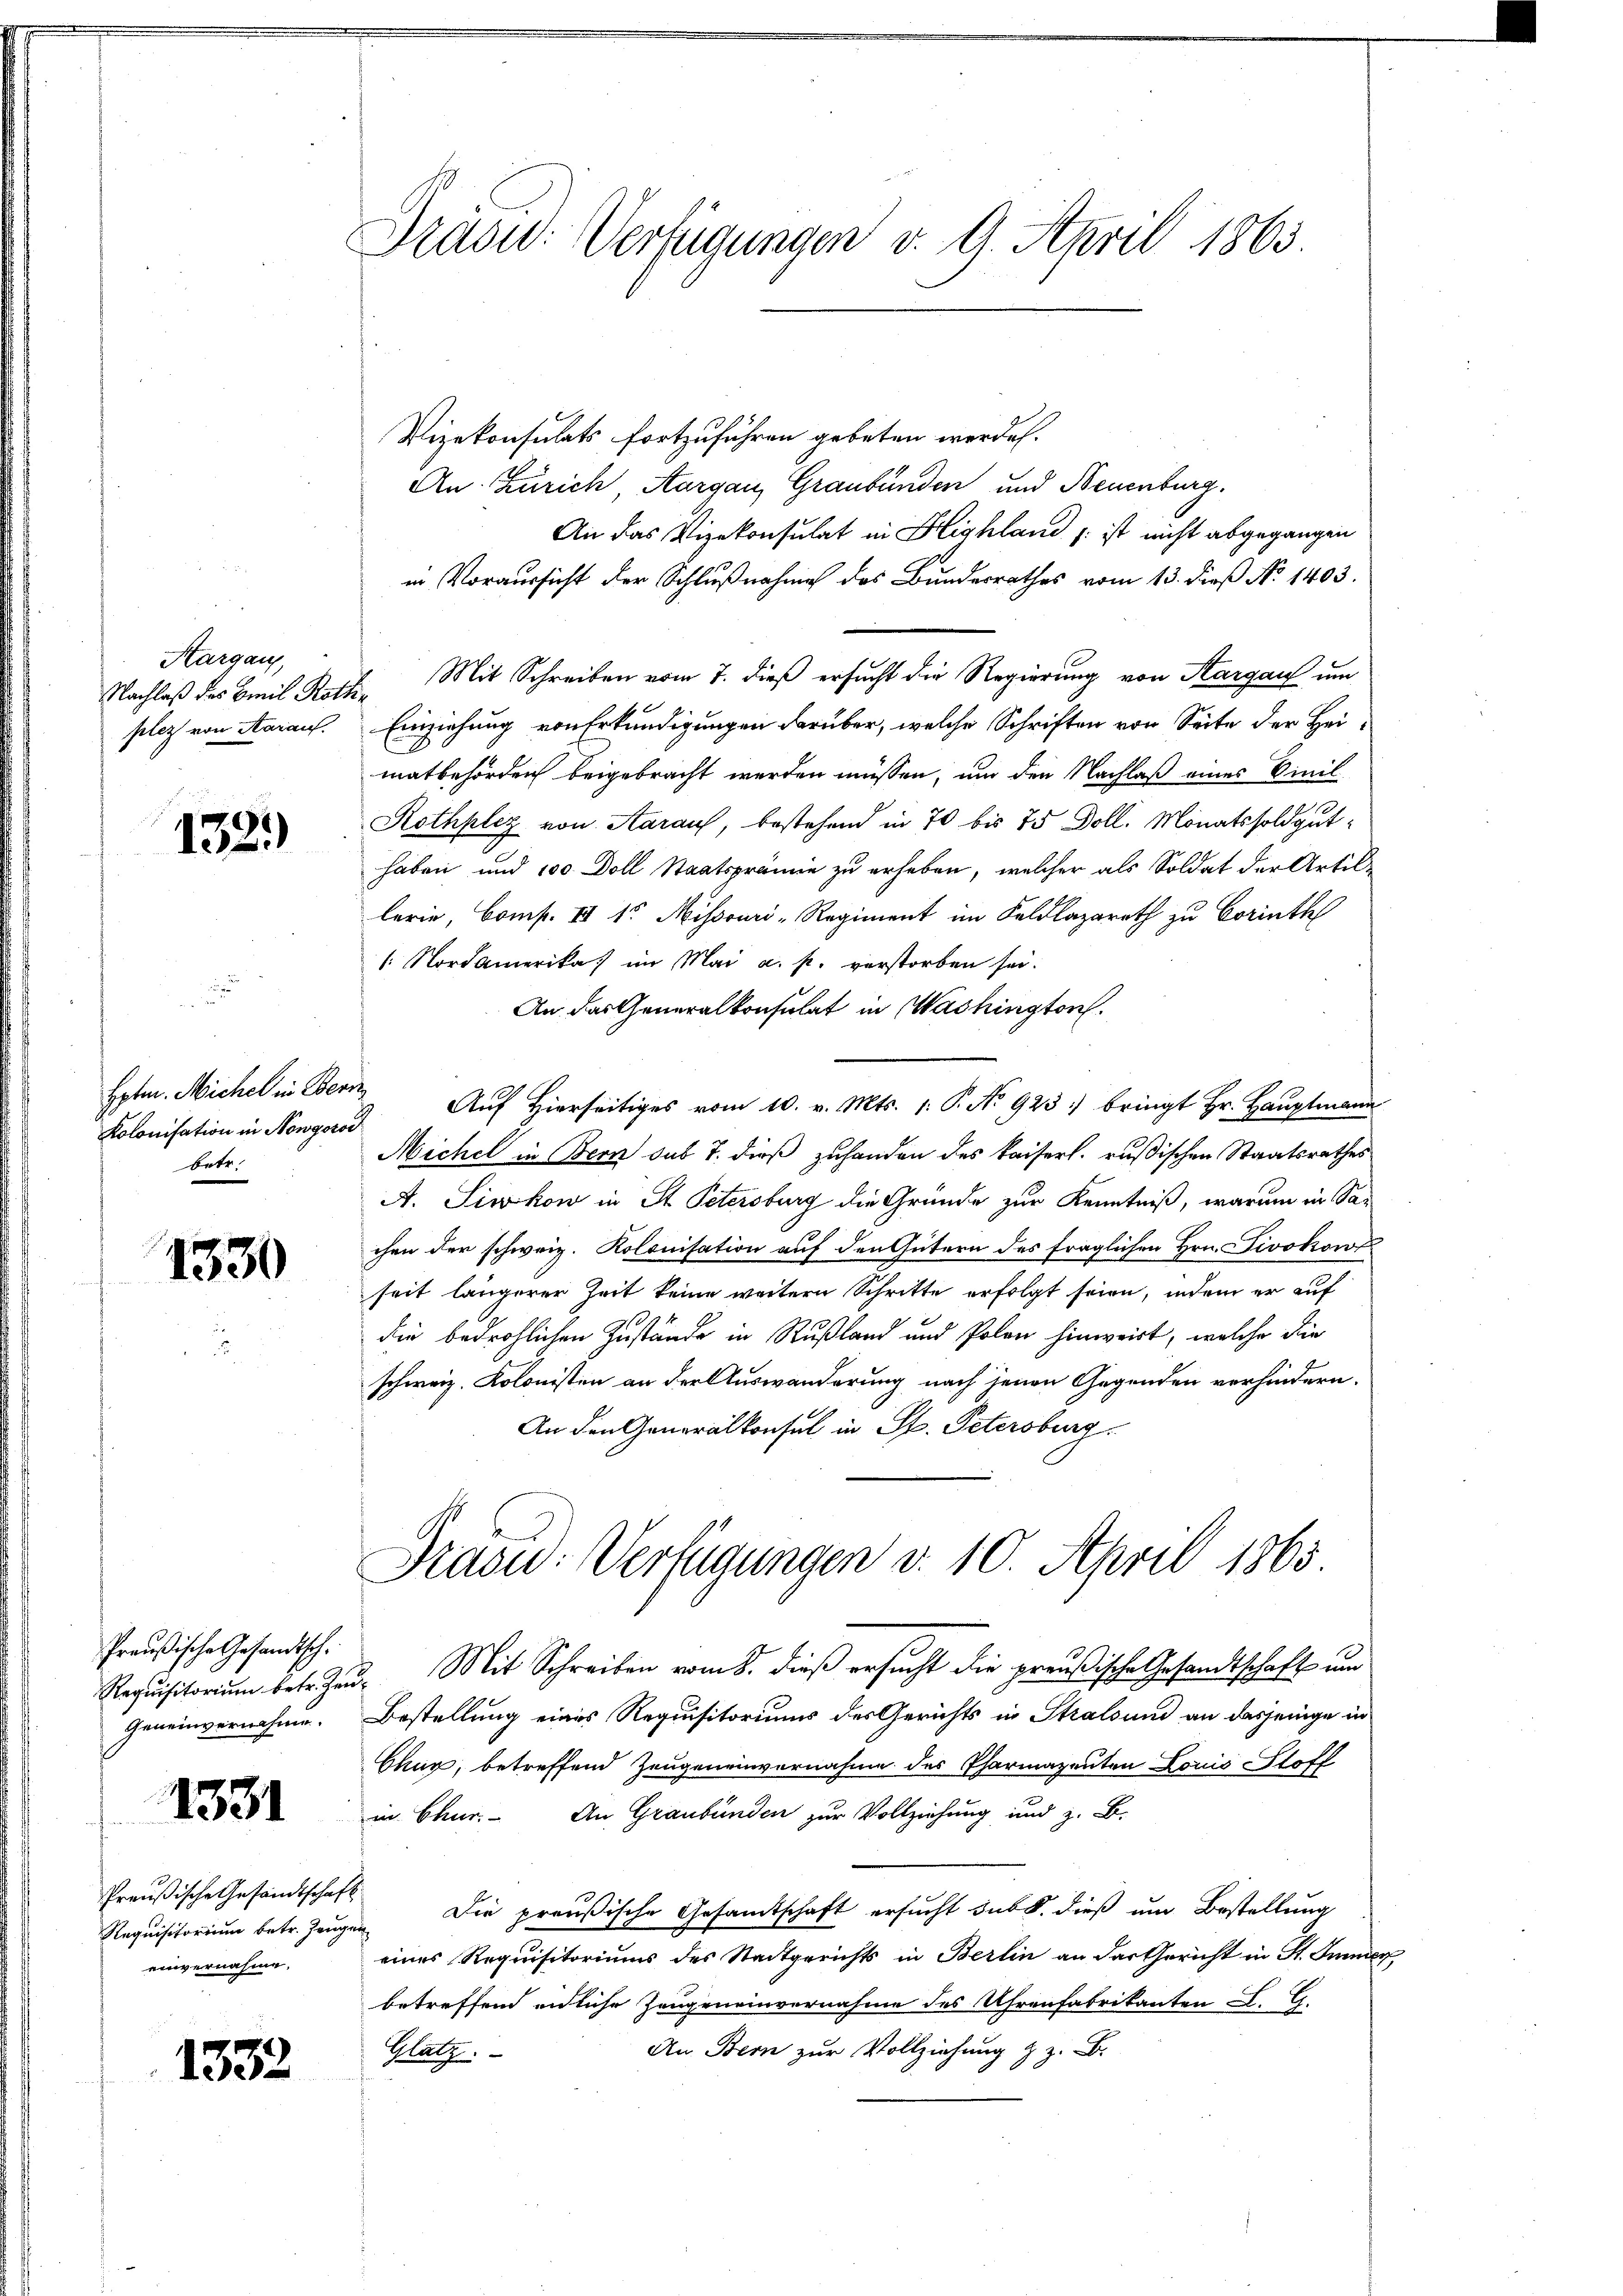
Hargau,
Nachlaß des Emil Roth.
plez von Aarauf.

1329)

Hptm. Michel in Bern
Kolonisation in Nowgoroi
betr.

1330

Preußische Gesandtsch.
Geneinvernahme.

1331

Preußische Gesandtschaft
einvernahme.

1332

Präsu: Verfügungen v. 9. April 1863.

Vizekonsulats fortzuführen gebeten werde.
An Zürich, Aargau, Graubünden und Neuenburg.
An das Vizekonsulat in Highland  ist nicht abgegangen
in Voraussicht der Schlußnahme des Bundesrathes vom 13. dieß No 1403.
Mit Schreiben vom 7. dieß ersucht die Regierung von Kargau um
f
Einziehung von Erkundigungen darüber, welche Schriften von Seite der Heimatbehörden beigebracht werden müssen, um den Nachlaß eines Civil
Rothplez von Aarauf, bestehend in 70 bis 75 Doll. Monatssoldguthaben und 100 Doll Staatsprämie zu erheben, welcher als Soldat der Artillerie, Comp. II 1. Missouri - Regiment im Feldlazareth zu Corinth
[. Nordamerika im Mai a. p. verstorben sei.
An das Generalkonsulat in Washington
Auf Hierseitiges vom 10. v. Mts. 1: P. No 923 bringt Hr. Hauptmann
Michel in Bern sub 7. dieß zuhanden des kaiserl. rußischen Staatsrathes
A. Siwkow in St. Petersburg die Gründe zur Kenntniß, warum in Sachen der schweiz. Kolonisation auf den Gütern des fraglichen Hrn. Livokow
seit längerer Zeit keine weitern Schritte erfolgt seien, indem er auf
die bedrohlichen Zustände in Rußland und Polen hinweist, welche die
schweiz. Kolonisten an der Auswanderung nach jenen Gegenden verhindern.
An den Generalkonsul in St. Petersburg
Präsid.: Verfügungen v. 10. April 1865
Requisitorium betr. Zeŭ- Mit Schreiben vom 8. dieß ersucht die preußische Gesandtschaft um
Bestellung eines Requisitoriums des Gerichts in Stralsund an dasjenige in
Chur, betreffend Zeugeneinvernahme des Pharmazenten Louis Stoff
in Chur. An Graubünden zur Vollziehung und z. B.
Requisitoriŭm betr. Zeŭgen. Die preußische Gesandtschaft ersŭcht sub b. dieß um Bestellung
eines Requisitoriums des Stadtgerichts in Berlin an das Gericht in St. Immer
betreffend endliche Zeugeneinvernahme des Uhrenfabrikanten L. G.
An Bern zur Vollziehung z. Z. B.
Glatz.